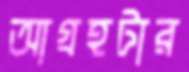
আগ্রহটার